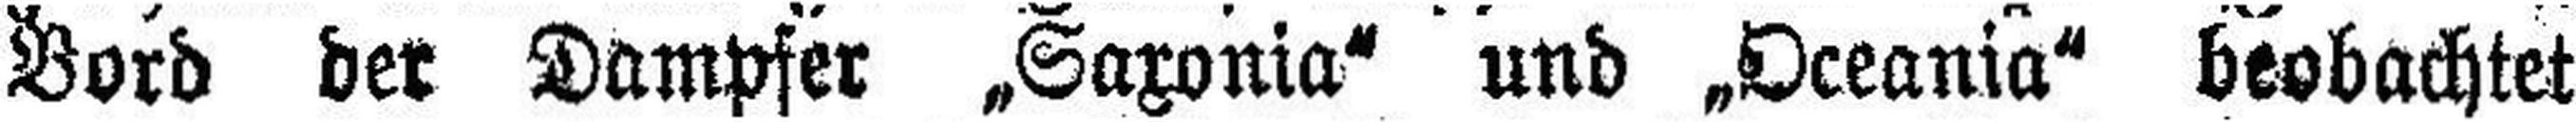
Bord der Dampfer „Saxonia“ und „Oceania“ beobachtet